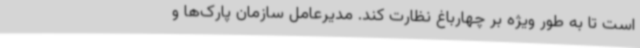
است تا به طور ویژه بر چهارباغ نظارت کند. مدیرعامل سازمان پارک‌ها و